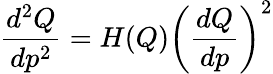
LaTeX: {\frac{d^{2}Q}{dp^{2}}}=H(Q)\left({\frac{dQ}{dp}}\right)^{2}